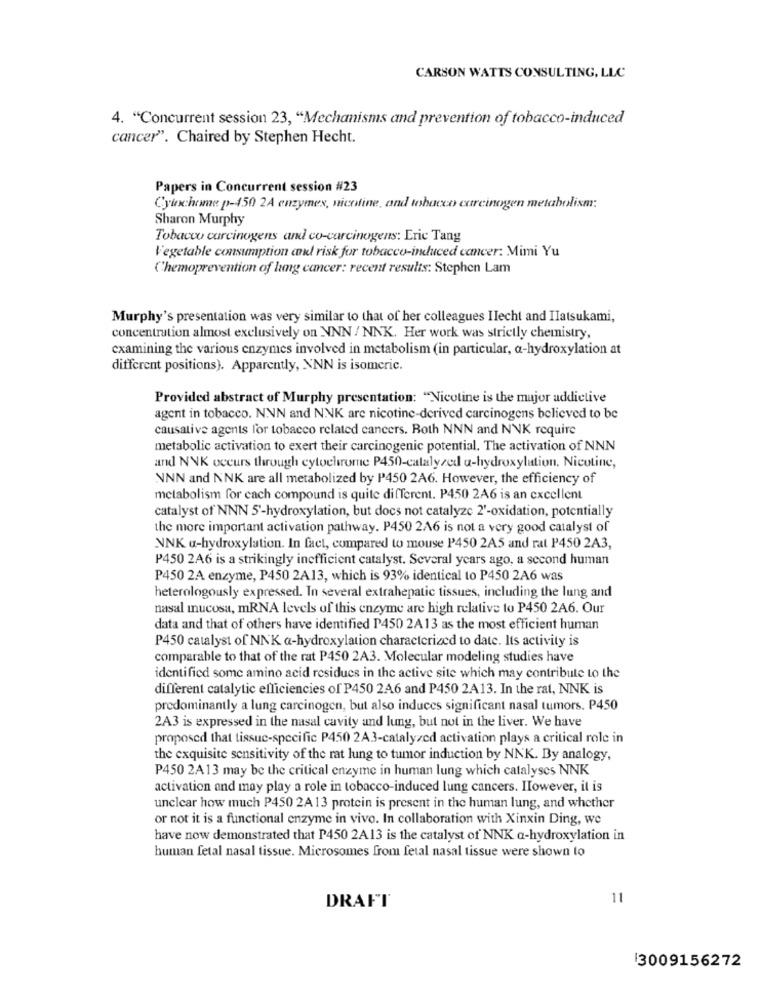
CARSON WATTS CONSULTING, LLC
4. "Concurrent session 23, "Mechanisms and prevention of tobacco-induced
cancer". Chaired by Stephen Hecht.
Papers in Concurrent session #23
Cyinchome p-450 2A enzymes, nicotine, and tobacco carcinogen metabolism:
Sharon Murphy
Tobacco carcinogens and co-carcinogens: Eric Tang
Vegetable consumption and risk for tobacco-induced cancer: Mimi Yu
Chemoprevention of lung cancer: recent results: Stephen Lam
Murphy's presentation was very similar to that of her colleagues Ilecht and IIatsukami,
concentration almost exclusively on NNN / NNK. Her work was strictly chemistry,
examining the various enzymes involved in metabolism (in particular, a-hydroxylation at
different positions). Apparently, NNN is isomeric.
Provided abstract of Murphy presentation: "Nicotine is the major addictive
agent in tobacco. NNN and NNK are nicotine-derived carcinogens believed to be
causative agents for tobacco related cancers. Both NNN and NNK require
metabolic activation to exert their carcinogenic potential. The activation of NNN
and NNK occurs through cytochrome P450-catalyzed u-hydroxylation, Nicotine,
NNN and NNK are all metabolized by P450 2A6. However, the efficiency of
metabolism for cach compound is quite different. P450 2A6 is an excellent
catalyst of NNN 5'-hydroxylation, but docs not catalyzc 2'-oxidation, potentially
the more important activation pathway. P450 216 is not a very good catalyst of
NNK «-hydroxylation. In fact, compared to mouse P450 2A5 and rat P450 2A3,
P450 2A6 is a strikingly inefficient catalyst. Several years ago, a second human
P450 2A enzyme, P450 2A13, which is 93% identical to P450 2A6 was
heterologously expressed. In several extrahepatic tissues, including the lung and
nasal mucosa, mRNA levels of this enzyme are high relative to P450 2A6. Our
data and that of others have identified P450 2A13 as the most efficient human
P450 catalyst of NNK a-hydroxylation characterized to date. Its activity is
comparable to that of the rat P450 2A3. Molecular modeling studies have
identified some amino acid residues in the active site which may contribute to the
different catalytic efficiencies of P450 2A6 and P450 2A13. In the rat, NNK is
predominantly a lung carcinogen, but also induces significant nasal tumors. P450
2A3 is expressed in the nasal cavity and lung, but not in the liver. We have
proposed that tissue-specific P450 2A3-catalyzed activation plays a critical role in
the exquisite sensitivity of the rat lung to tumor induction by NNK. By analogy,
P450 2A13 may be the critical enzyme in human lung which catalyses NNK
activation and may play a role in tobacco-induced lung cancers. IIowever, it is
unclear how much P450 2A 13 protein is present in the human lung, and whether
or not it is a functional enzyme in vivo. In collaboration with Xinxin Ding, we
have now demonstrated that P450 2A13 is the catalyst of NNK a-hydroxylation in
human fetal nasal tissue. Microsomes from fetal nasal tissue were shown to
11
DRAFT
13009156272